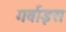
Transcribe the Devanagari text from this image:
गर्वाइस